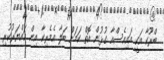
ބްރޫކާ އަކީ އައިއެސްއާ ގުޅުން އޮތް ކަމަށް ބަލާ އެމެރިކާ އިން ހައްޔަރުކުރި